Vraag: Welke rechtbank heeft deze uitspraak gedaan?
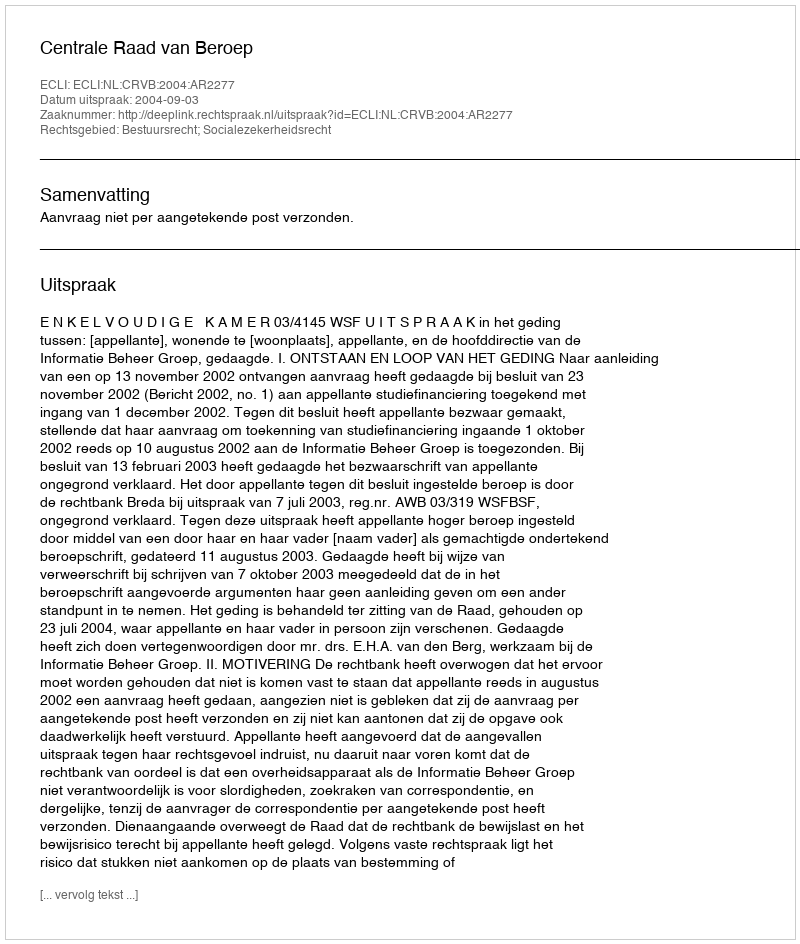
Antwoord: Centrale Raad van Beroep